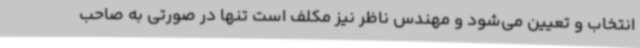
انتخاب و تعیین می‌شود و مهندس ناظر نیز مکلف است تنها در صورتی به صاحب